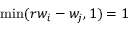
\operatorname* { m i n } ( r w _ { i } - w _ { j } , 1 ) = 1